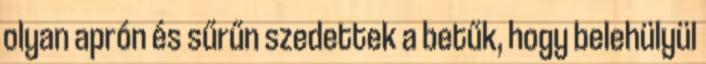
olyan aprón és sűrűn szedettek a betűk, hogy belehülyül